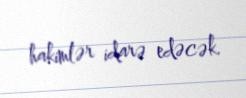
hakimlər idarə edəcək.